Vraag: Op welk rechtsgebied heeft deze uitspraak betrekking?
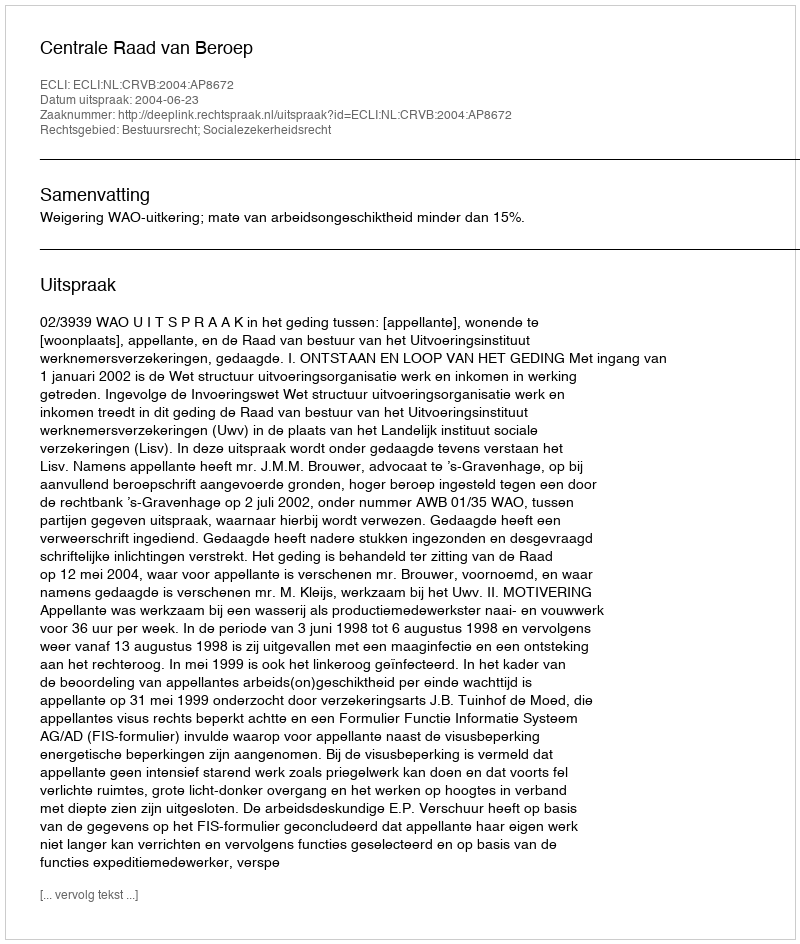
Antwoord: Bestuursrecht; Socialezekerheidsrecht